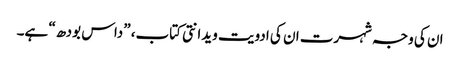
ان کی وجہ شہرت ان کی ادویت ویدانتی کتاب، ”داس بودھ“ ہے۔